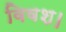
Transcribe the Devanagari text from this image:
विवश।